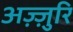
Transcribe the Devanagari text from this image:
अज़्ज़ुरि